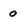
Character: o